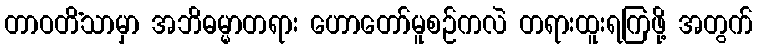
တာဝတိံသာမှာ အဘိဓမ္မာတရား ဟောတော်မူစဉ်ကလဲ တရားထူးရကြဖို့ အတွက်